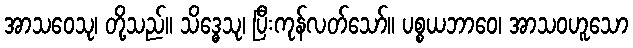
အာသဝေသု၊ တို့သည်။ သိဒ္ဓေသု၊ ပြီးကုန်လတ်သော်။ ပစ္စယဘာဝေ၊ အာသဝဟူသော